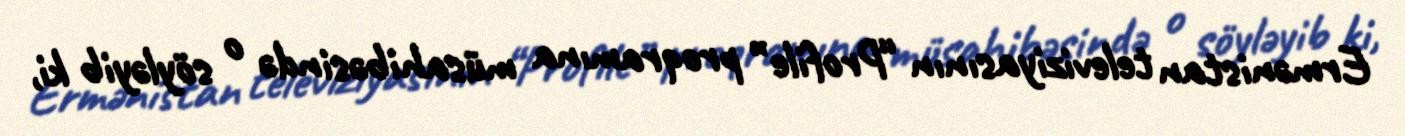
Ermənistan televiziyasının “Profile” proqramına müsahibəsində o söyləyib ki,